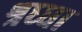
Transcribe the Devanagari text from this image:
श्रध्धा